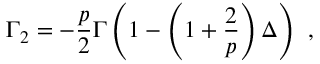
\Gamma _ { 2 } = - \frac { p } { 2 } \Gamma \left( 1 - \left( 1 + \frac { 2 } { p } \right) \Delta \right) \ ,